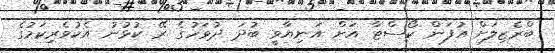
ބްރެޒިލަށް އުފަން ކޯސްޓާ އަށް އަނިޔާވީ ބުދަ ދުވަހުގެ ރޭ ކުޅުނު އެކުވެރިކަމުގެ